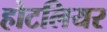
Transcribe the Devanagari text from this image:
होटलियर